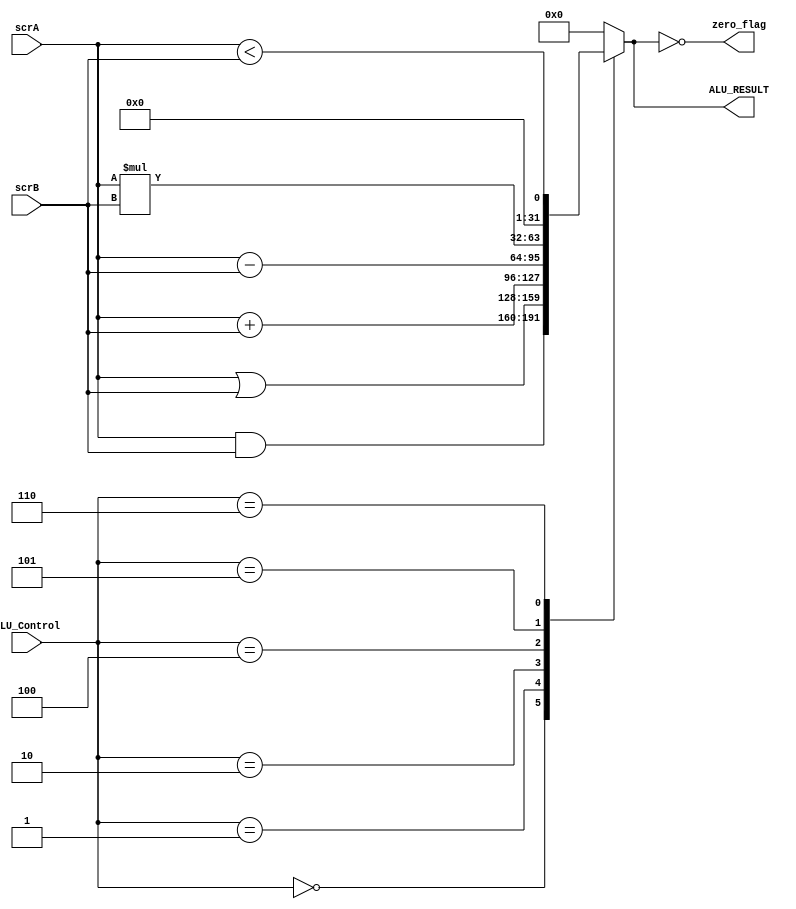
module ALU #(parameter WIDTH=32) 
(
input  wire  [WIDTH-1:0]  scrA,
input  wire  [WIDTH-1:0]  scrB,
input  wire  [2:0]        ALU_Control,
output wire               zero_flag,
output reg   [WIDTH-1:0]  ALU_RESULT
);

  
 always @(*)
  begin
     case(ALU_Control)
       3'b000:
              begin
                ALU_RESULT=scrA&scrB;
              end
       3'b001:
              begin
                ALU_RESULT=scrA|scrB;
              end
       3'b010:
              begin
                ALU_RESULT=scrA+scrB;
              end
       3'b100:
              begin
                ALU_RESULT=scrA-scrB;
              end   
       3'b101:
              begin
                ALU_RESULT=scrA*scrB;
              end   
       3'b110:
              begin
                ALU_RESULT=(scrA<scrB);
              end    
       default:
              begin
                ALU_RESULT='b0;
              end                                       
      endcase     
  end

  assign zero_flag=(ALU_RESULT=='b0);
endmodule